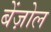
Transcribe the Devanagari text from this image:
बेंज़ोल